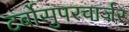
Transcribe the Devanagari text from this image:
टर्बोसुपरचार्जर